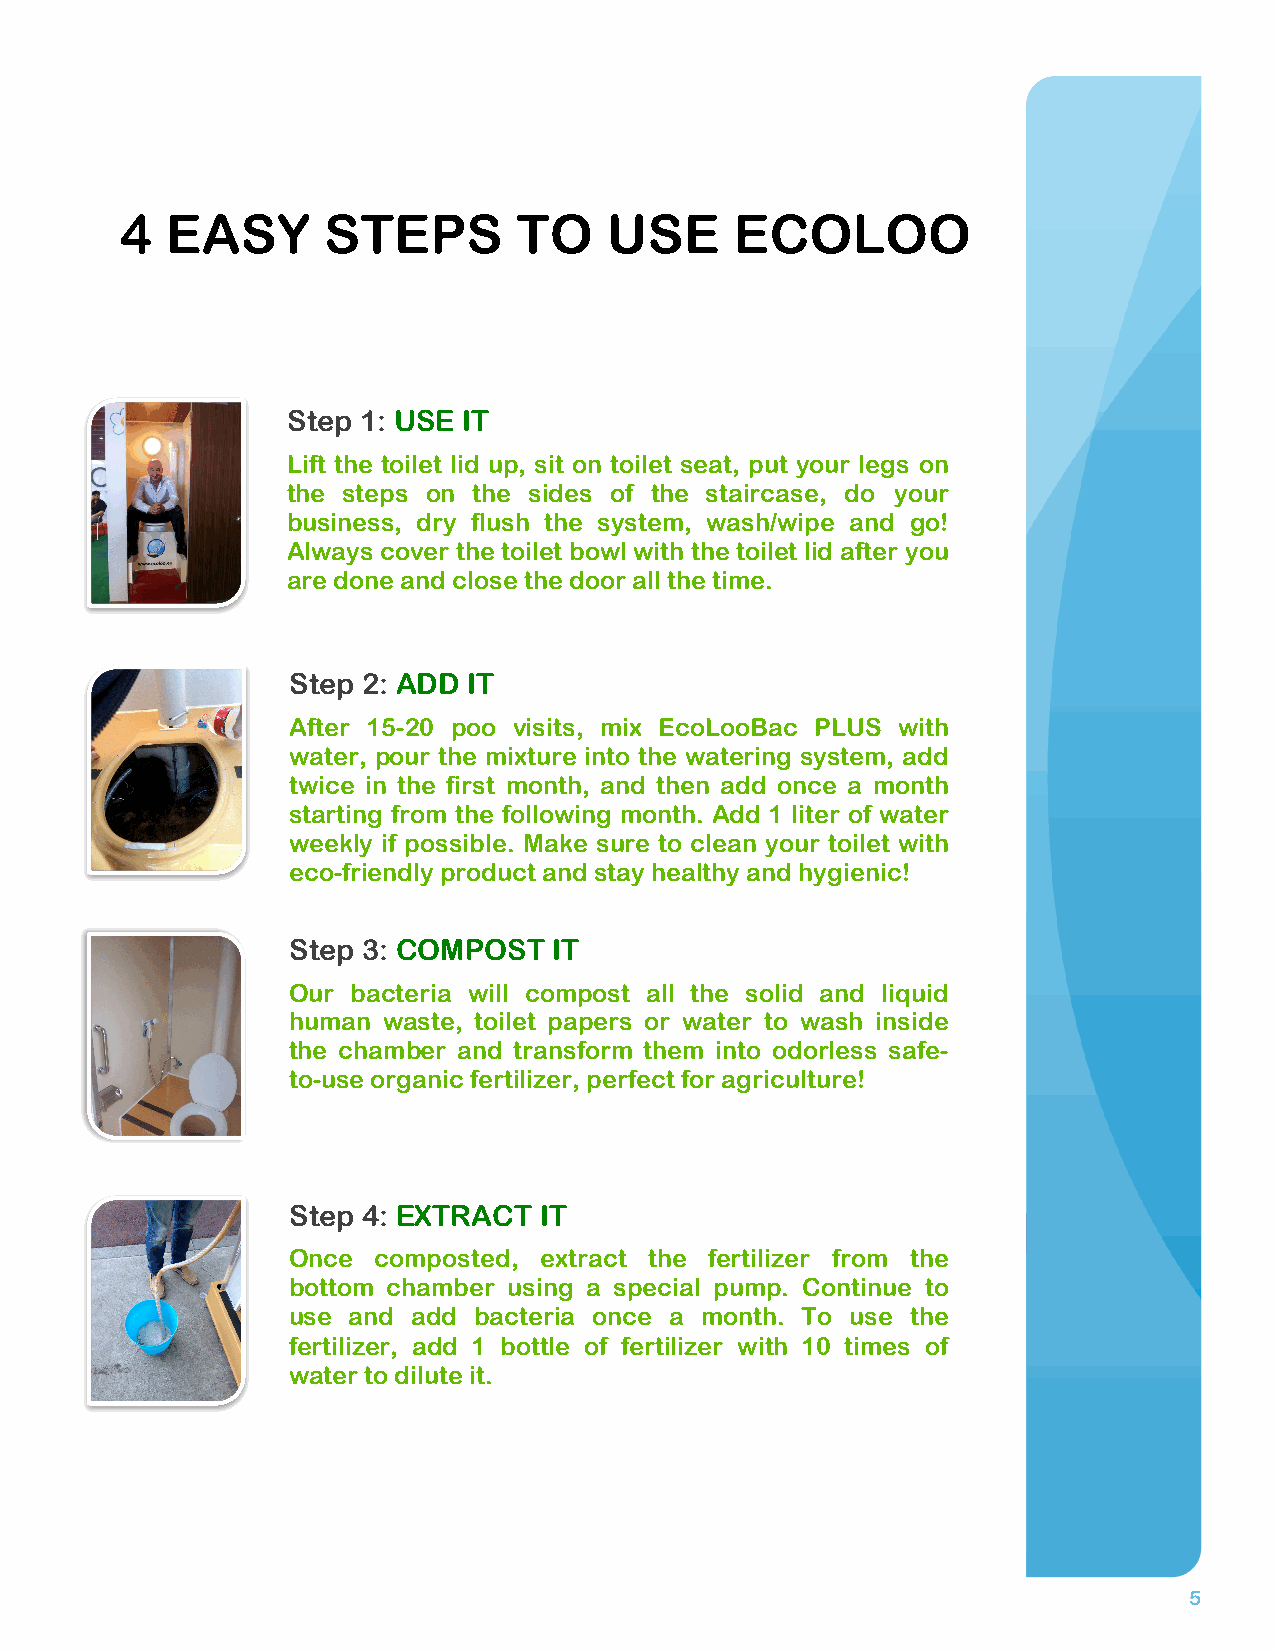
4  EASY      STEPS        TO    USE      ECOLOO
 Step 1: USE IT
 Lift the toilet lid up, sit on toilet seat, put your legs on
 the steps on the sides of the staircase, do your
 business, dry flush the system, wash/wipe and go!
 Always cover the toilet bowl with the toilet lid after you
 are done and close the door all the time.
 Step 2: ADD IT
 After 15-20 poo visits, mix EcoLooBac PLUS with
 water, pour the mixture into the watering system, add
 twice in the first month, and then add once a month
 starting from the following month. Add 1 liter of water
 weekly if possible. Make sure to clean your toilet with
 eco-friendly product and stay healthy and hygienic!
 Step 3: COMPOST   IT
 Our bacteria will compost all the solid and liquid
 human waste, toilet papers or water to wash inside
 the chamber and transform them into odorless safe-
 to-use organic fertilizer, perfect for agriculture!
 Step 4: EXTRACT  IT
 Once  composted, extract the fertilizer from the
 bottom chamber using a special pump. Continue to
 use and add bacteria once a month. To use the
 fertilizer, add 1 bottle of fertilizer with 10 times of
 water to dilute it.
 5